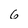
Character: 6